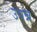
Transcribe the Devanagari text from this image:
उपन्न